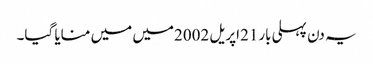
یہ دن پہلی بار21اپریل 2002میں میں منایا گیا۔